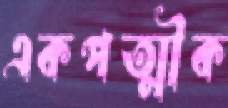
একপত্মীক